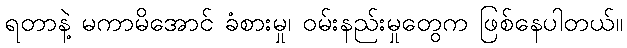
ရတာနဲ့ မကာမိအောင် ခံစားမှု၊ ဝမ်းနည်းမှုတွေက ဖြစ်နေပါတယ်။